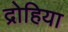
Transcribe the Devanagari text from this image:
द्रोहिया